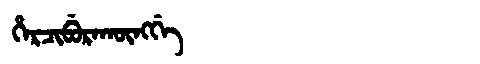
Manchu: ᡥᡝᡵᠴᡳᠪᡠᡵᠠᡴᡡᠩᡤᡝ
Romanization: HERCIBURAKŪNGGE